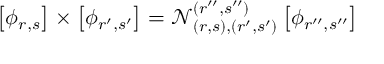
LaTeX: \left[ \phi _ { r , s } \right] \times \left[ \phi _ { r ^ { \prime } , s ^ { \prime } } \right] = \mathcal { N } _ { ( r , s ) , ( r ^ { \prime } , s ^ { \prime } ) } ^ { ( r ^ { \prime \prime } , s ^ { \prime \prime } ) } \left[ \phi _ { r ^ { \prime \prime } , s ^ { \prime \prime } } \right]